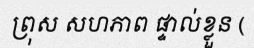
ព្រុស សហភាព ផ្ទាល់ខ្លួន (